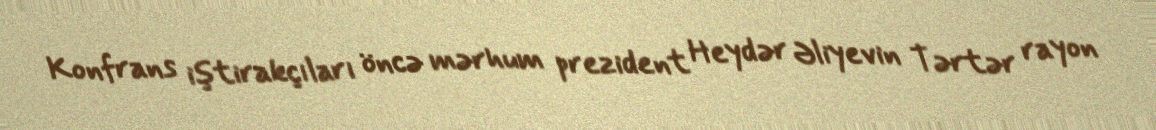
Konfrans iştirakçıları öncə mərhum prezident Heydər Əliyevin Tərtər rayon